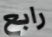
رابع